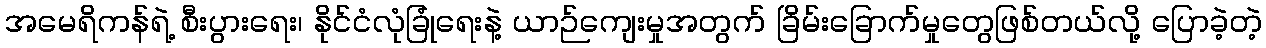
အမေရိကန်ရဲ့ စီးပွားရေး၊ နိုင်ငံလုံခြုံရေးနဲ့ ယာဉ်ကျေးမှုအတွက် ခြိမ်းခြောက်မှုတွေဖြစ်တယ်လို့ ပြောခဲ့တဲ့